Insane asylums in Bengal annual reports 1876-1887 - 1876-1887
Year: 1876
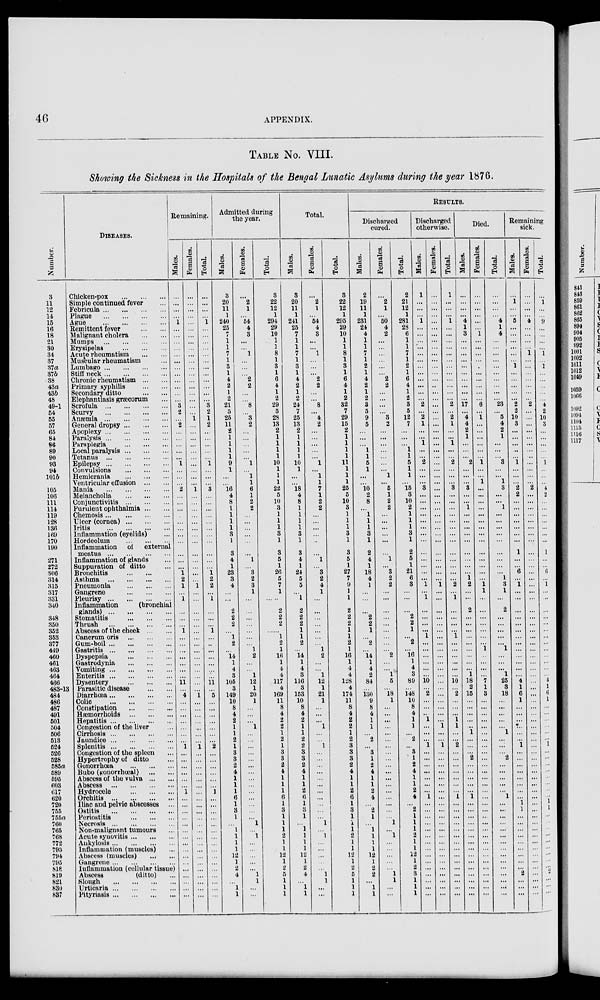
46
APPENDIX.
TABLE NO. VIII.
Showing the Sickness in the Hospitals of the Bengal Lunatic Asylums during the year 1876.
Number.
3
11
12
14
15
16
18
21
30
34
37
37a
37b
38
43a
43b
48
49-1
54
55
57
65
84
86
89
90
93
94
101b
105
106
111
114
119
128
136
169
170
190
271
272
306
314
315
317
331
340
348
350
352
353
377
449
460
461
463
464
466
483-13
484
486
487
491
501
504
506
513
524
526
528
585a
589
595
603
617
620
720
755
755a
760
765
768
772
793
794
795
818
819
821
830
837
DISEASES.
Chicken-pox ... ... ... ...
Simple continued fever ...
Febricula
...
...
...
...
Plague ... ... ... ...
Ague
...
...
...
...
Remittent fever
...
...
M alignant cholera
...
...
Mumps
...
...
...
...
Erysipelas ... ... ...
Acute rheumatism ... ...
Muscular rheumatism ...
Lumbago
...
...
...
...
Stiff neck
...
...
...
...
Chronic rheumatism ... ...
Primary syphilis
...
...
Secondary ditto ... ...
Elephantiasis græcorum ...
Scrofula
...
...
...
...
Scurvy
...
...
...
...
Anæmia
...
...
...
...
General dropsy ... ... ...
Apoplexy
...
...
...
...
Paralysis
...
...
...
...
Paraplegia ... ... ...
Local paralysis ... ... ...
Tetanus
...
...
...
...
Epilepsy
...
...
...
...
Convulsions ... ... ... ...
Hemicrania ... ... ... ...
Ventricular effusion ... ...
Mania
...
...
...
...
Melancholia ... ... ...
Conjunctivitis ... ... ... ...
Purulent ophthalmia ... ...
Chemosis
...
...
...
...
Ulcer (cornea) ... ... ...
Iritis
...
...
...
...
Inflammation (eyelids) ...
Hordeolum ... ... ...
Inflammation of external
meatus ... ... ... ...
Inflammation of glands ...
Suppuration of ditto ...
Bronchitis ... ...
Asthma
...
...
...
...
Pneumonia
...
...
...
Gangrene ... ... ...
Pleurisy
...
...
...
...
Inflammation (bronchial
glands) ... ... ... ...
Stomatitis ... ... ...
Thrush ... ... ... ...
Abscess of the cheek ... ...
Cancrum oris ... ... ...
Gum-boil
...
...
...
...
Gastritis
...
...
...
...
Dyspepsia ... ... ... ...
Gastrodynia
...
...
...
Vomiting
...
...
...
...
Enteritis
...
...
...
...
Dysentery
...
...
...
Parasitic disease
...
...
Diarrhœa ... ... ... ...
Colic
...
...
...
...
Constipation ... ... ...
Hœmorrhoids
...
...
...
Hepatitis
...
...
...
...
Congestion of the liver ...
Cirrhosis
...
...
...
...
Jaundice
...
...
...
...
Splenitis
...
...
...
...
Congestion of the spleen ...
Hypertrophy of ditto ...
Gonorrhœa
...
...
...
Bubo (Konorrhœal) ... ...
Abscess of the vulva ... ...
Abscess
...
...
...
...
Hydrocele ... ... ...
Orchitis
...
...
...
...
Iliac and pelvic abscesses ...
Ostitis
...
...
...
...
Periostitis ... ... ... ...
Necrosis
...
...
...
...
Non-malignnnt tumours ...
Acute synovitis ... ... ...
Ankylosis ... ... ... ...
Inflammation (muscles) ...
Abscess (muscles)
...
...
Gangrene ... ... ... ...
Inflammation (cellular tissue)
Abscess
(ditto) ...
Slough
...
...
...
...
Urticaria
...
...
...
...
Pityriasis ... ... ... ...
Remaining.
Males.
...
...
...
...
1
...
...
...
...
...
...
...
...
...
...
...
...
3
2
...
2
...
...
...
...
...
1
...
...
...
2
...
...
...
...
...
...
...
...
...
...
...
1
2
1
...
1
...
...
...
1
...
...
...
...
...
...
...
11
...
4
...
...
...
...
...
...
...
1
...
...
...
...
...
...
1
...
...
...
...
...
...
...
...
...
...
...
...
...
...
...
...
Females.
...
...
...
...
...
...
...
...
...
...
...
...
...
...
...
...
...
...
...
1
...
...
...
...
...
...
...
...
...
...
1
...
...
...
...
...
...
...
...
...
...
...
...
...
1
...
...
...
...
...
...
...
...
...
...
...
...
...
...
...
1
...
...
...
...
...
...
...
1
...
...
...
...
...
...
...
...
...
...
...
...
...
...
...
...
...
...
...
...
...
...
...
Total.
...
...
...
...
1
...
...
...
...
...
...
...
...
...
...
...
...
3
2
1
2
...
...
...
...
...
1
...
...
...
3
...
...
...
...
...
...
...
...
...
...
...
1 2
2
...
1
...
...
...
1
...
...
...
...
...
...
...
11
...
5
...
...
...
...
...
...
...
2
...
...
...
...
...
...
1
...
...
...
...
...
...
...
...
...
...
...
...
...
...
...
...
Admitted during
the year.
Males.
3
20
11
1
240
25
7
1
1
7
1
3
1
4
2
1
2
21
5
25
11
2
1
1
1
1
9
1
...
...
16
4
8
1
1
1
1
3
1
3
4
1
23
3
4
...
...
2
2
2
...
1
2
...
14
1
4
3
105
3
149
10
8
4
2
1
1
2
1
3
3
2
4
1
1
1
6
1
3
1
...
1
1
1
1
12
1
2
4
...
1
1
Females.
...
2
1
...
54
4
3
...
...
1
...
...
...
2
2
...
...
8
...
3
2
...
...
...
...
...
1
...
1
1
6
1
2
2
...
...
...
...
...
...
1
...
3
2
3
1
...
...
...
...
...
...
...
1
2
...
...
1
12
1
20
1
...
...
...
1
...
...
...
...
...
...
...
...
...
...
...
...
...
...
1
...
1
...
...
...
...
...
1
1
...
...
Total.
3
22
12
1
294
29
10
1
1
8
1
3
1
6
4
1
2
29
5
28
13
2
1
1
1
1
10
1
1
1
22
5
10
3
1
1
1
3
1
3
5
1
26
5
7
1
...
2
2
2
...
1
2
1
16
1
4
4
117
4
169
11
8
4
2
2
1
2
1
3
3
2
4
1
1
1
6
1
3
1
1
1
2
1
1
12
1
2
5
1
1
1
Total.
Males.
3
20
11
1
241
25
7
1
1
7
1
3
1
4
2
1
2
24
7
25
13
2
1
1
1
1
10
1
...
...
18
4
8
1
1
1
1
3
1
3
4
1
24
5
5
...
1
2
2
2
1
1
2
...
14
1
4
3
116
3
153
10
8
4
2
1
1
2
2
3
3
2
4
1
1
2
6
1
3
1
...
1
1
1
1
12
1
2
4
...
1
1
Females.
...
2
1
...
54
4
3
...
...
1
...
...
...
2
2
...
...
8
...
4
2
...
...
...
...
...
1
...
1
1
7
1
2
2
...
...
...
...
...
...
1
...
3
2
4
1
...
...
...
...
...
...
...
1
2
...
...
1
12
1
21
1
...
...
...
1
...
...
1
...
...
...
...
...
...
...
...
...
...
...
1
...
1
...
...
...
...
...
1
1
...
...
Total.
3
22
12
1
295
29
10
1
1
8
1
3
1
6
4
1
2
32
7
29
15
2
1
1
1
1
11
1
1
1
25
5
10
3
1
1
1
3
1
3
5
1
27
7
9
1
1
2
2
2
1
1
2
1
16
1
4
4
128
4
174
11
8
4
2
2
1
2
3
3
3
2
4
1
1
2
6
1
3
1
1
1
2
1
1
12
1
2
5
1
1
1
RESULTS.
Discharged
cured.
Males.
2
19
11
1
231
24
4
1
1
7
1
2
1
4
2
1
2
3
5
9
5
...
...
...
1
1
5
1
...
...
10
2
8
...
1
1
1
3
1
2
4
1
18
4
1
...
...
...
2
2
1
...
2
...
14
1
4
2
84
...
130
9
8
4
1
1
...
2
...
3
1
2
4
1
1
2
4
...
2
1
...
1
1
1
1
12
1
2
2
...
1
1
Females.
...
2
1
...
50
4
2
...
...
...
...
...
...
2
2
...
...
...
...
3
2
...
...
...
...
...
...
...
1
...
5
1
2
2
...
...
...
...
...
...
1
...
3
2
2
...
...
...
...
...
...
...
...
...
2
...
...
1
5
...
18
1
...
...
...
...
...
...
...
...
...
...
...
...
...
...
...
...
...
...
1
...
1
...
...
...
...
...
1
1
...
...
Total.
2
21
12
1
281
28
6
1
1
7
1
2
1
6
4
1
2
3
5
12
7
...
...
...
1
1
5
1
1
...
15
3
10
2
1
1
1
3
1
2
5
1
21
6
3
...
...
...
2
2
1
...
2
...
16
1
4
3
89
...
148
10
8
4
1
1
...
2
...
3
1
2
4
1
1
2
4
...
2
1
1
1
2
1
1
12
1
2
3
1
1
1
Discharged
otherwise.
Males.
1
...
...
...
1
...
...
...
...
...
...
...
...
...
...
...
...
2
...
2
1
...
...
1
...
...
2
...
...
...
3
...
...
...
...
...
...
...
...
...
...
...
...
...
1
...
1
...
...
...
...
1
...
...
...
...
...
...
10
...
2
...
...
..
1
...
...
...
1
...
...
...
...
...
...
...
1
...
...
...
...
...
...
...
...
...
...
...
...
...
...
...
Females.
...
...
...
...
...
...
...
...
...
...
...
...
...
...
..
...
...
...
...
...
...
...
...
...
...
...
...
...
...
...
...
...
...
...
...
...
...
...
...
...
...
...
...
...
1
...
...
...
...
...
...
...
...
...
...
...
...
...
...
...
...
...
...
...
...
1
...
...
1
...
...
...
...
...
...
...
...
...
...
...
...
...
...
...
...
...
...
...
...
...
...
...
Total.
1
...
...
...
1
...
...
...
...
...
...
...
...
...
...
...
...
2
...
2
1
...
...
1
...
...
2
...
...
...
3
...
...
...
...
...
...
...
...
...
...
...
...
...
2
...
1
...
...
...
...
1
...
...
...
...
...
...
10
...
2
...
...
...
1
1
...
...
2
...
...
...
...
...
...
...
1
...
...
...
...
...
...
...
...
...
...
...
...
...
...
...
Died.
Males.
...
...
...
...
4
1
3
...
...
...
...
...
...
...
...
...
...
17
...
4
4
2
1
...
...
...
2
...
...
...
3
...
...
1
...
...
...
...
...
...
...
...
...
1
2
...
...
2
...
...
...
...
...
...
...
...
...
1
18
2
15
...
...
...
...
...
1
...
...
...
2
...
...
...
...
...
1
...
...
...
...
...
...
...
...
...
...
...
...
...
...
...
Females.
...
...
...
...
...
...
1
...
...
...
...
...
...
...
...
...
...
6
...
1
...
...
...
...
...
...
1
...
...
1
...
...
...
...
...
...
...
...
...
...
...
...
...
...
1
1
...
...
...
...
...
...
...
1
...
...
...
...
7
1
3
...
...
...
...
...
...
...
...
...
...
...
...
...
...
...
...
...
...
...
...
...
...
...
...
...
...
...
...
...
...
...
Total.
...
...
...
...
4
1
4
...
...
...
...
...
...
...
...
...
...
23
...
5
4
2
1
...
...
...
3
...
...
1
3
...
...
1
...
...
...
...
...
...
...
...
...
1
3
1
...
2
...
...
...
...
...
1
...
...
...
1
25
3
18
...
...
...
...
1
...
...
...
2
...
...
...
...
...
1
...
...
...
...
...
...
...
...
...
...
...
...
...
...
...
Remaining
sick.
Males.
...
1
...
...
5
...
...
...
...
...
...
1
...
...
...
...
...
2
2
10
3
...
...
...
...
...
1
...
...
...
2
2
...
...
...
...
...
...
...
1
...
...
6
...
1
...
...
...
...
...
...
...
...
...
...
...
...
...
4
1
6
1
...
...
...
...
...
...
1
...
...
...
...
...
...
...
...
1
1
...
...
...
...
...
...
...
...
...
2
...
...
...
Females.
...
...
...
...
4
...
...
...
...
1
...
...
...
...
...
...
...
2
...
...
...
...
...
...
...
...
...
...
...
...
2
...
...
...
...
...
...
...
...
...
...
...
...
...
...
...
...
...
...
...
...
...
...
...
...
...
...
...
...
...
...
...
...
...
...
...
...
...
...
...
...
...
...
...
...
...
...
...
...
...
...
...
...
...
...
...
...
...
...
...
...
...
Total.
...
1
...
...
9
...
...
...
...
1
...
1
...
...
...
...
...
4
2
10
3
...
...
...
...
...
1
...
...
...
4
2
...
...
...
...
...
...
...
1
...
6
...
1
...
...
...
...
...
...
...
...
...
...
...
...
...
4
1
6
1
...
...
...
...
...
...
1
...
...
...
...
...
...
...
...
1
1
...
...
...
...
...
...
...
...
...
2
...
...
...